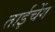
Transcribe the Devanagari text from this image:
ताईचेंग